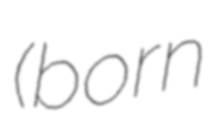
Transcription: (born